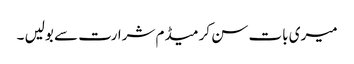
میری بات سن کر میڈم شرارت سے بولیں ۔